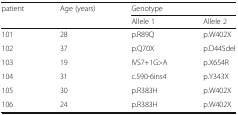
<table><thead><tr><td rowspan="2"><b>patient</b></td><td rowspan="2"><b>Age (years)</b></td><td colspan="2"><b>Genotype</b></td></tr><tr><td><b>Allele 1</b></td><td><b>Allele 2</b></td></tr></thead><tbody><tr><td>101</td><td>28</td><td>p.R89Q</td><td>p.W402X</td></tr><tr><td>102</td><td>37</td><td>p.Q70X</td><td>p.D445del</td></tr><tr><td>103</td><td>19</td><td>IVS7+1G&gt;A</td><td>p.X654R</td></tr><tr><td>104</td><td>31</td><td>c.590-6ins4</td><td>p.Y343X</td></tr><tr><td>105</td><td>30</td><td>p.R383H</td><td>p.W402X</td></tr><tr><td>106</td><td>24</td><td>p.R383H</td><td>p.W402X</td></tr></tbody></table>